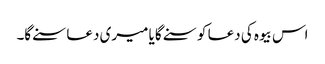
اس بیوہ کی دعا کو سنے گا یا میری دعا سنے گا۔